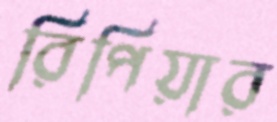
রিপিয়ার